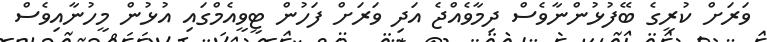
ވަރަށް ކުރީގެ ބޭފުޅުންނާވެސް ދިމާވެއްޖެ އަދި ވަރަށް ފަހުން ޓީީވީއެމްގައި އުޅުން މީހުނާއިވެސް